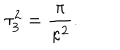
LaTeX: \tau _ { 3 } ^ { 2 } = { \frac { \pi } { \kappa ^ { 2 } } } .